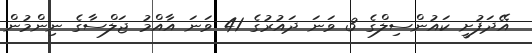
އޭދަފުށީ ކައުންސިލްގެ 3 ވަނަ ދައުރުގެ 41 ވަނަ އާއްމު ޖަލްސާގެ ނިންމުން